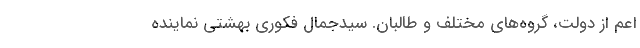
اعم از دولت، گروه‌های مختلف و طالبان. سیدجمال فکوری بهشتی نماینده